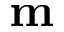
{ \bf m }